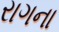
રાગના